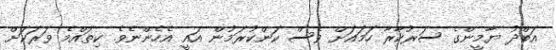
އަބްދު ޔާމީންގެ ސަރުކާރާ ހަމައަށް ވެސް ކަންކުރަމުން އައީ އެހެންނެވެ. ކިތައްމެ ވަރަކަށް